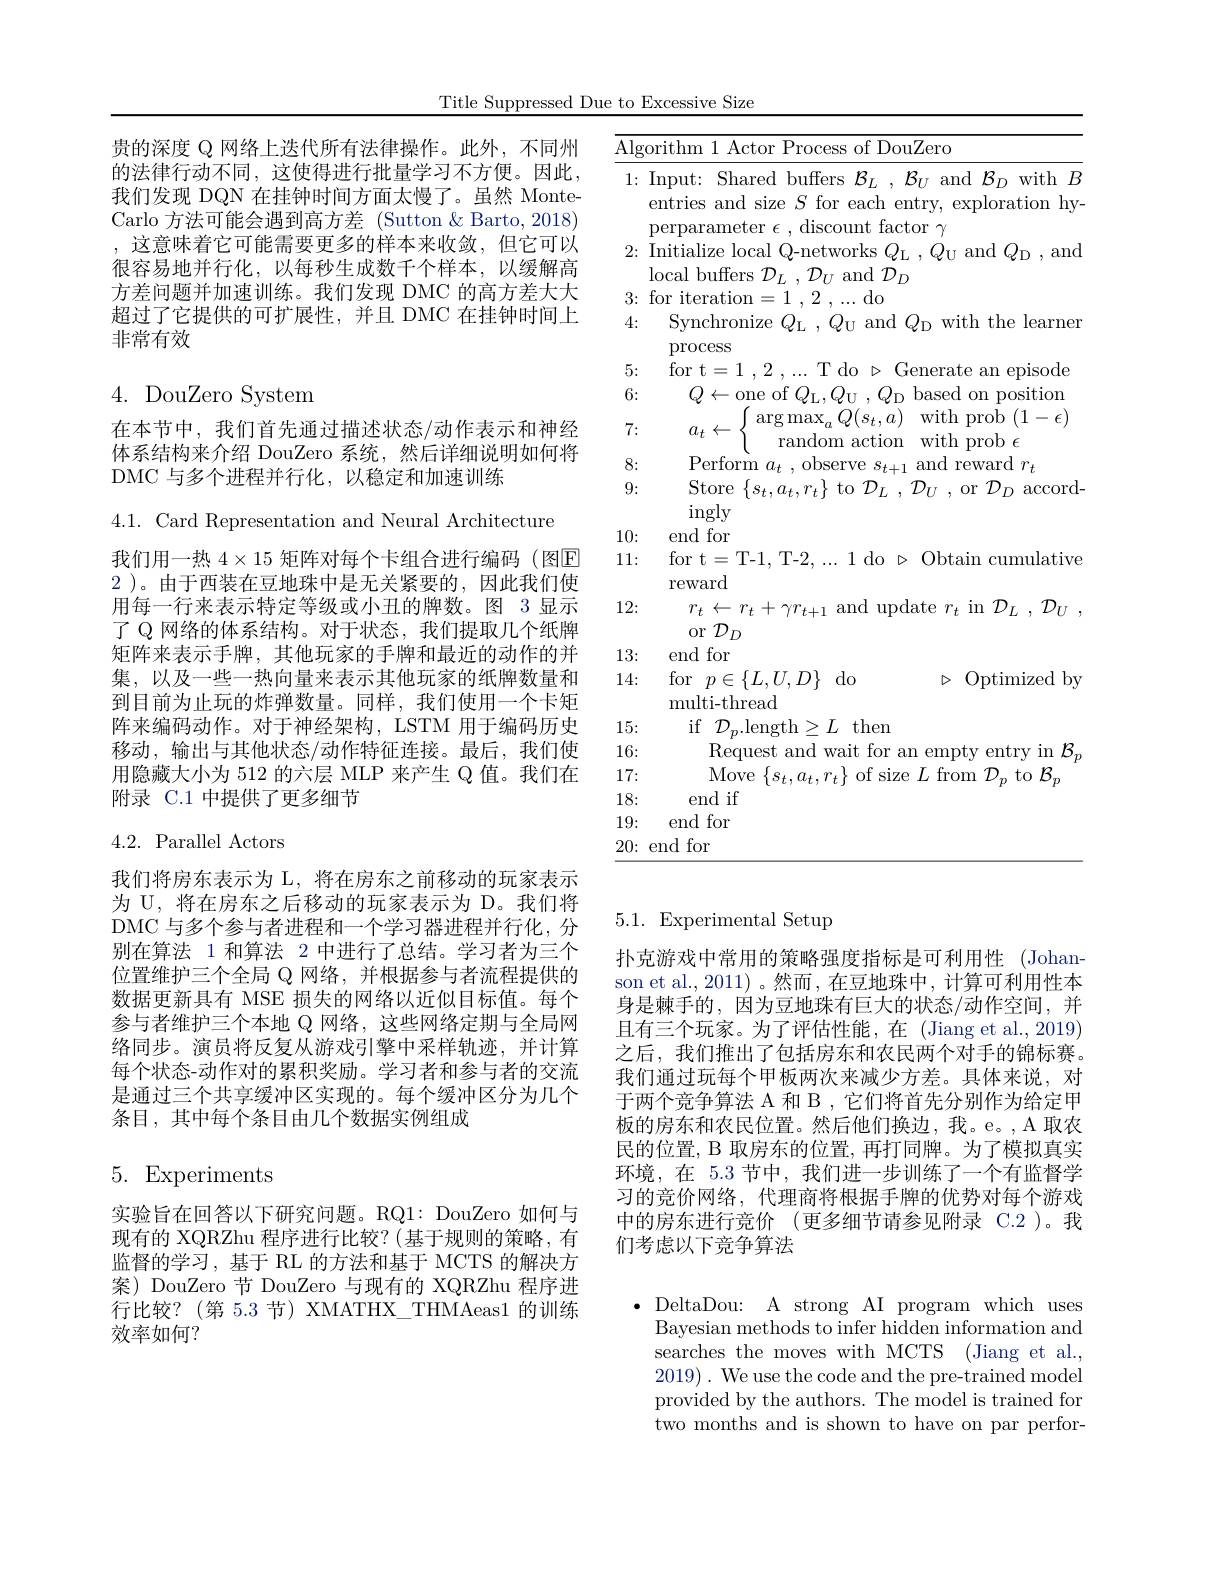
Title Suppressed Due to Excessive Size

贵的深度 Q 网络上迭代所有法律操作。此外，不同州的法律行动不同，这使得进行批量学习不方便。因此， 我们发现 DQN 在挂钟时间方面太慢了。虽然 MonteCarlo 方法可能会遇到高方差 (Sutton &Barto, 2018) ,这意味着它可能需要更多的样本来收敛，但它可以很容易地并行化，以每秒生成数千个样本，以缓解高方差问题并加速训练。我们发现 DMC 的高方差大大超过了它提供的可扩展性，并且 DMC 在挂钟时间上非常有效

## 4. DouZero System

在本节中，我们首先通过描述状态/动作表示和神经

体系结构来介绍 DouZero 系统，然后详细说明如何将

DMC 与多个进程并行化，以稳定和加速训练

4.1. Card Representation and Neural Architecture

我们用一热$4\times15$矩阵对每个卡组合进行编码(图E

2 )。由于西装在豆地珠中是无关紧要的，因此我们使

用每一行来表示特定等级或小丑的牌数。图 3 显示

了 Q 网络的体系结构。对于状态，我们提取几个纸牌

矩阵来表示手牌，其他玩家的手牌和最近的动作的并

集，以及一些一热向量来表示其他玩家的纸牌数量和

到目前为止玩的炸弹数量。同样，我们使用一个卡矩

阵来编码动作。对于神经架构，LSTM 用于编码历史

移动，输出与其他状态/动作特征连接。最后，我们使

用隐藏大小为 512 的六层 MLP 来产生 Q 值。我们在

附录 C.1 中提供了更多细节

4.2. Parallel Actors

我们将房东表示为 L, 将在房东之前移动的玩家表示为 U, 将在房东之后移动的玩家表示为 D。我们将DMC 与多个参与者进程和一个学习器进程并行化，分别在算法 1 和算法 2 中进行了总结。学习者为三个位置维护三个全局$\mathbb{Q}$网络，并根据参与者流程提供的数据更新具有 MSE 损失的网络以近似目标值。每个参与者维护三个本地 Q 网络，这些网络定期与全局网络同步。演员将反复从游戏引擎中采样轨迹，并计算每个状态-动作对的累积奖励。学习者和参与者的交流是通过三个共享缓冲区实现的。每个缓冲区分为几个条目，其中每个条目由几个数据实例组成

5. Experiments

实验旨在回答以下研究问题。RQ1: DouZero 如何与现有的 XQRZhu 程序进行比较？(基于规则的策略，有监督的学习，基于 RL 的方法和基于 MCTS 的解决方案) DouZero 节 DouZero 与现有的 XQRZhu 程序进行比较？(第 5.3 节) XMATHX\_THMAeas1 的训练效率如何？

$\overline{\mathrm{Algorithm~1~Actor~Process~of~DouZero}}$
1: Input: Shared buffers $\mathcal{B}_L,\mathcal{B}_U$ and $\mathcal{B}_D$ with $B$
${\mathrm{entries~and~size~}S}{\mathrm{~for~each~entry,~exploration~hy-}}$
perparameter $\epsilon$, discount factor $\gamma$
2{:} Initialize local Q-networks $Q_\mathrm{L},Q_\mathrm{U}$ and $Q_\mathrm{D}$,and
local buffers $\mathcal{D}_L,\mathcal{D}_U$ and $\mathcal{D}_D$
3{:} for iteration=1,2,...do
4{:} Synchronize $Q_{\mathrm{L}},Q_{\mathrm{U}}$ and $Q_{\mathrm{D}}$ with the learner
process
$5{:\:\mathrm{for~t=1~,2~,...~T~do~}\triangleright\text{Generate an episode}}$
6:
$Q\leftarrow$one of $Q_{\mathrm{L}},Q_{\mathrm{U}},Q_{\mathrm{D}}$ based on position
7:
$a_{t}\leftarrow\left\{\begin{array}{ll}{\arg\max_{a}Q(s_{t},a)}&{\mathrm{with~prob~(1-\epsilon)}}\\{\mathrm{random~action~with~prob~\epsilon}}\end{array}\right.$
8:
${\mathrm{Perform~}a_{t}},{\mathrm{~observe~}s_{t+1}}{\mathrm{~and~reward~}r_{t}}$
9:
Store $\{s_{t},a_{t},r_{t}\}$ to $\mathcal{D}_{L},\mathcal{D}_{U}$ , or $\mathcal{D}_{D}$ accord-
ingly
10: end for
11: for t=T-1, T-2,...1 do$\triangleright$Obtain cumulative
reward
12:
$r_{t}\leftarrow r_{t}+\gamma r_{t+1}$ and update $r_t$ in $\mathcal{D} _L, \mathcal{D} _U$ ,
or $\mathcal{D}_D$
13: end for
14: for$p\in\{L,U,D\}$do
$\triangleright$Optimizedby
multi-thread
15:
if$\begin{array}{cc}{\mathcal{D}_{p}.\mathrm{length}\geq L}&{\mathrm{then}}\end{array}$
16:
${\mathrm{Request~and~wait~for~an~empty~entry~in~}\mathcal{B}}_{p}$
17:
Move $\{s_t,a_t,r_t\}$ of size $L$ from $\mathcal{D}_p$ to $\mathcal{B}_p$
18:
end if
19: end for $20\colon$end for

## 5.1. Experimental Setup

扑克游戏中常用的策略强度指标是可利用性 (Johanson et al.,2011) 。然而 ,在豆地珠中，计算可利用性本身是棘手的，因为豆地珠有巨大的状态/动作空间，并且有三个玩家。为了评估性能，在 (Jiang et al.,2019) 之后，我们推出了包括房东和农民两个对手的锦标赛。我们通过玩每个甲板两次来减少方差。具体来说，对于两个竞争算法 A 和 B , 它们将首先分别作为给定甲板的房东和农民位置。然后他们换边，我。e。,A 取农民的位置，B 取房东的位置，再打同牌。为了模拟真实环境，在 5.3 节中，我们进一步训练了一个有监督学习的竞价网络，代理商将根据手牌的优势对每个游戏中的房东进行竞价(更多细节请参见附录 C.2)。我们考虑以下竞争算法

$\bullet$ DeltaDou: A strong AI program which uses Bayesian methods to infer hidden information and searches the moves with MCTS (Jiang et al., 2019). We use the code and the pre-trained model provided by the authors. The model is trained for two months and is shown to have on par perfor-